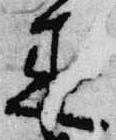
来